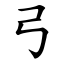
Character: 弓